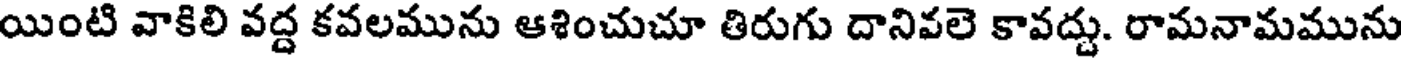
యింటి వాకిలి వద్ద కవలమును ఆశించుచూ తిరుగు దానివలె కావద్దు. రామనామమును